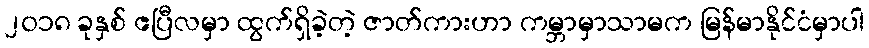
၂၀၁၈ ခုနှစ် ဧပြီလမှာ ထွက်ရှိခဲ့တဲ့ ဇာတ်ကားဟာ ကမ္ဘာမှာသာမက မြန်မာနိုင်ငံမှာပါ